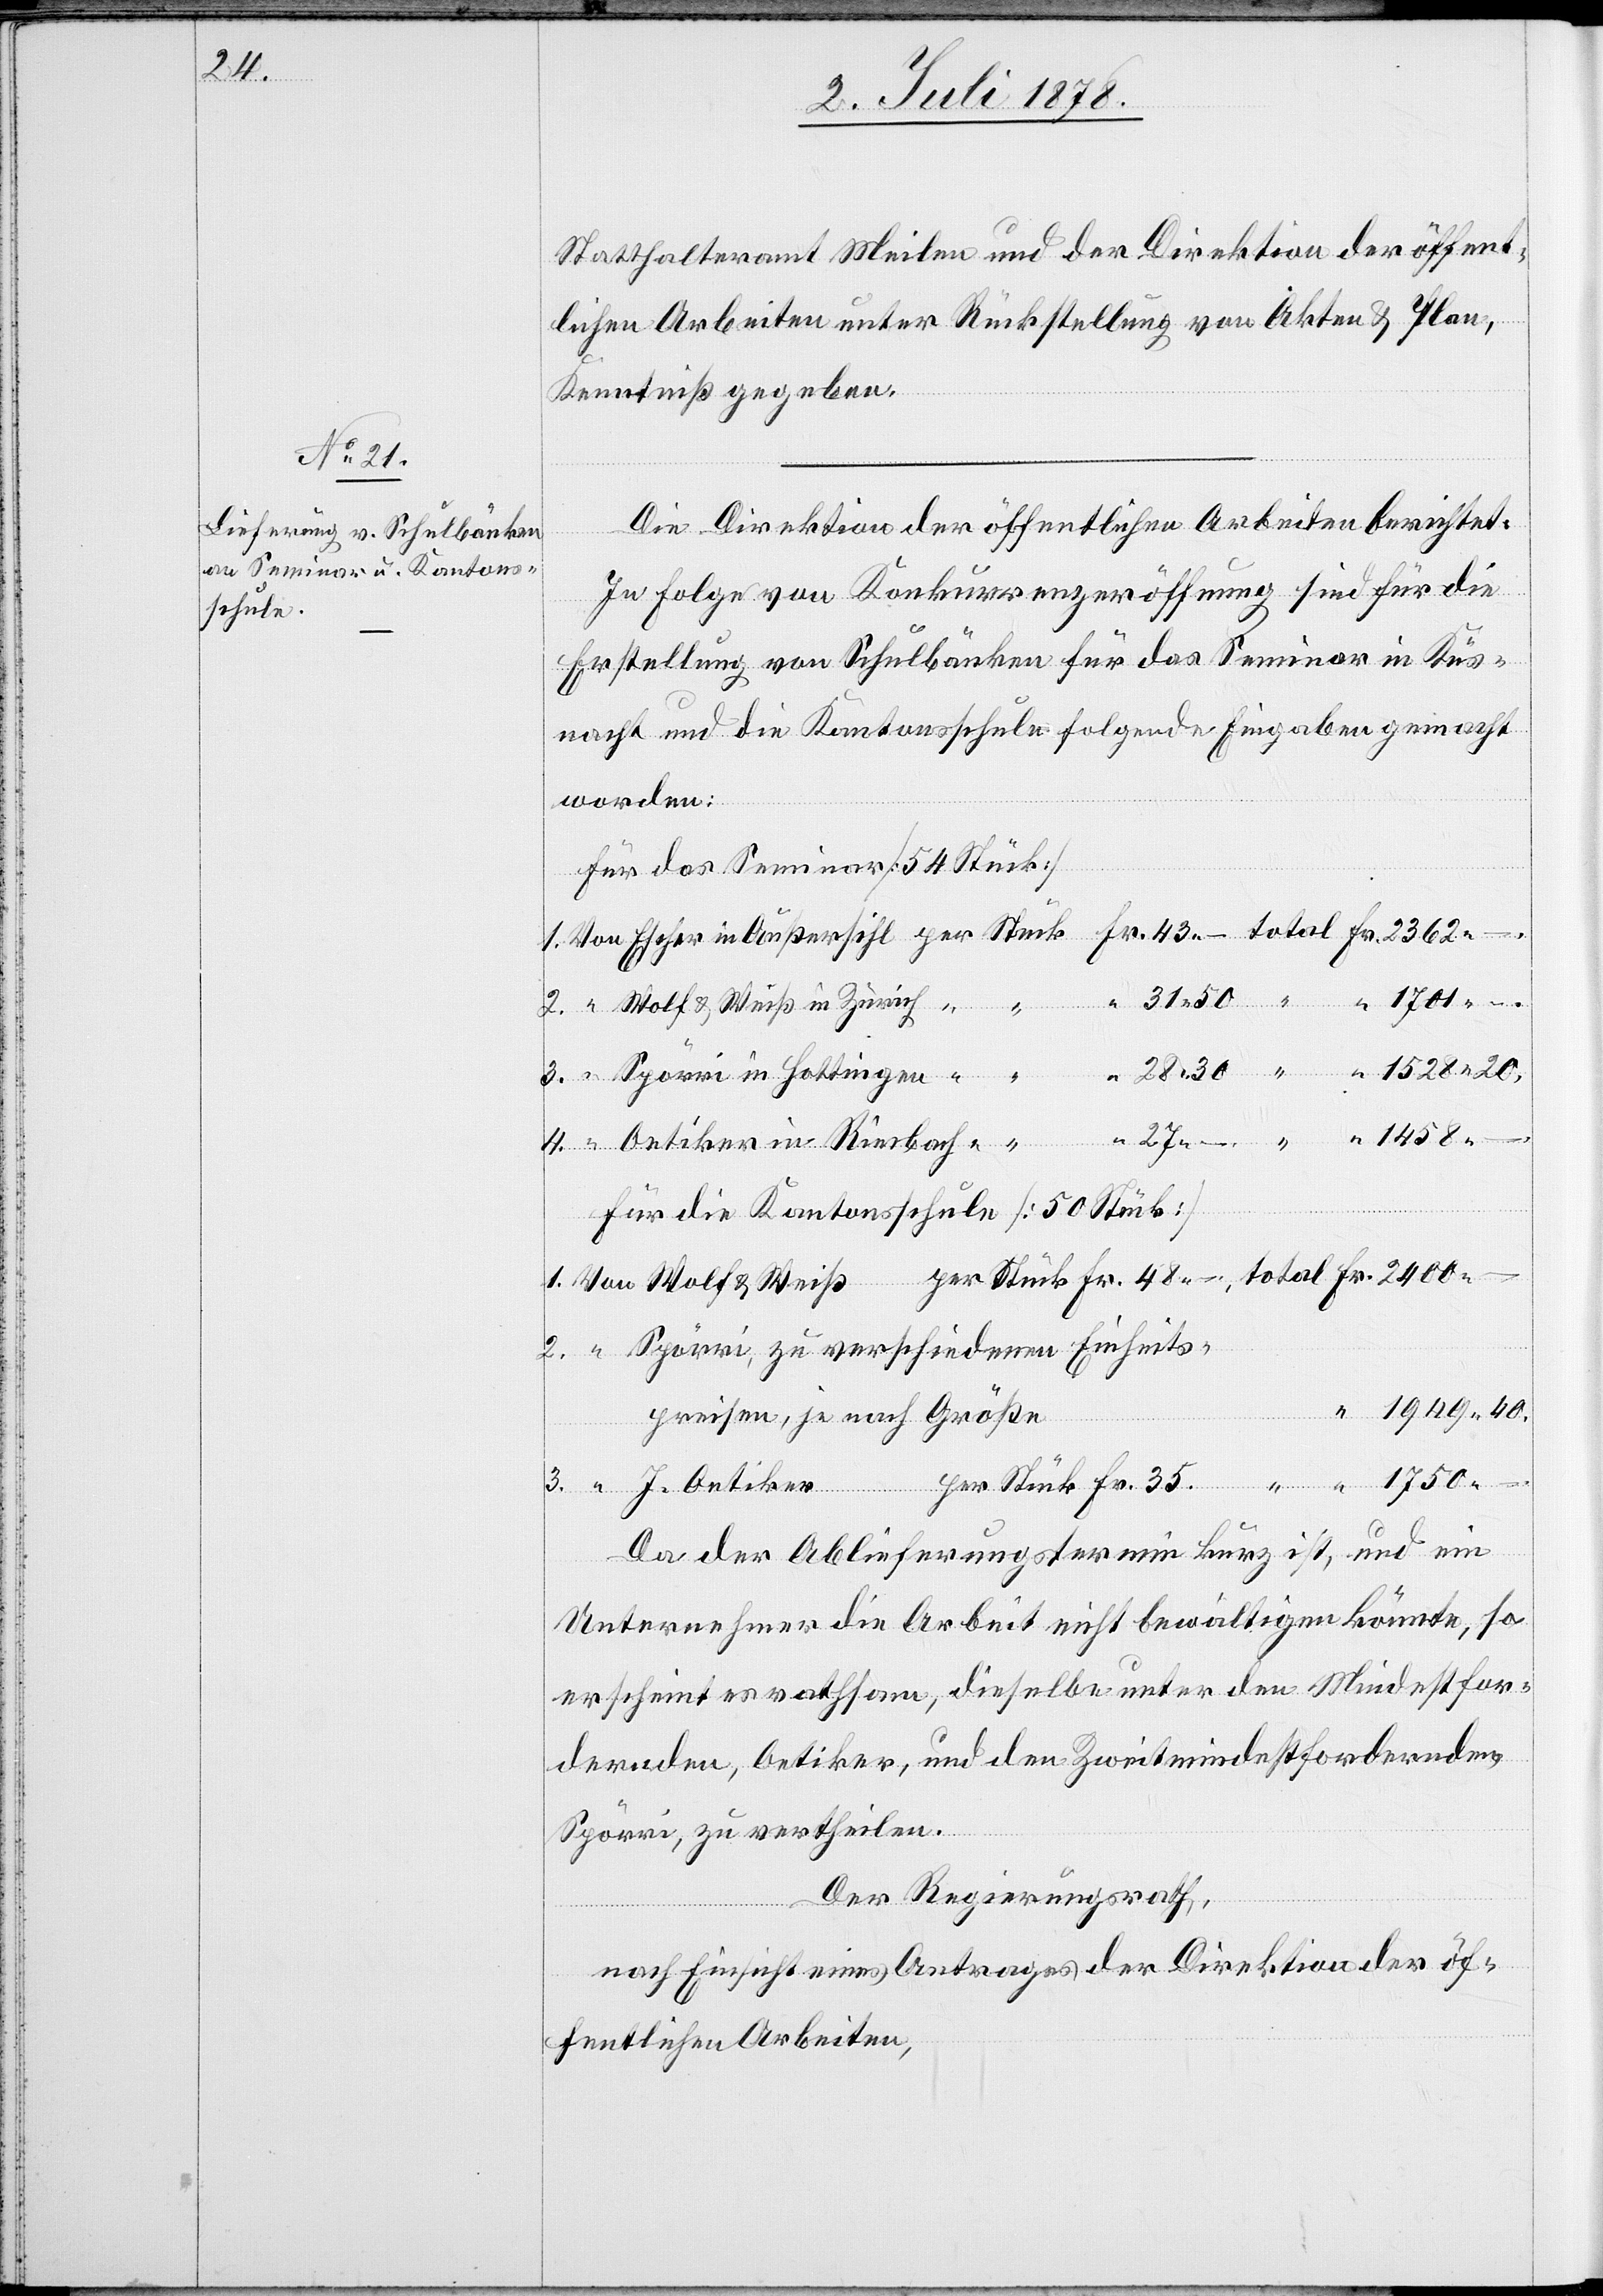
2400.

Statthalteramt Meilen und der Direktion der öffent¬
lichen Arbeiten unter Rückstellung von Akten & Plan,
Kenntniß zu geben.
Die Direktion der öffentlichen Arbeiten berichtet:
In Folge von Konkurrenzeröffnung sind für die
Erstellung von Schulbänken für das Seminar in Küs¬
nacht und die Kantonsschule folgende Eingaben gemacht
worden:
Für das Seminar [54 Stück]
Für die Kantonsschule [50 Stück]
Spörri, zu verschiedenen Einheits¬
– .
1949. 40
preisen, je nach Größe
2750. –
Da der Ablieferungstermin kurz ist, und ein
Unternehmer die Arbeit nicht bewältigen könnte, so
erscheint es rathsam, dieselbe unter den Mindestfor¬
dernden, Oetiker, und den Zweitmindestfordernden,
Spörri zu vertheilen.
Der Regierungsrath,
nach Einsicht eines Antrages der Direktion der öf¬
fentlichen Arbeiten,